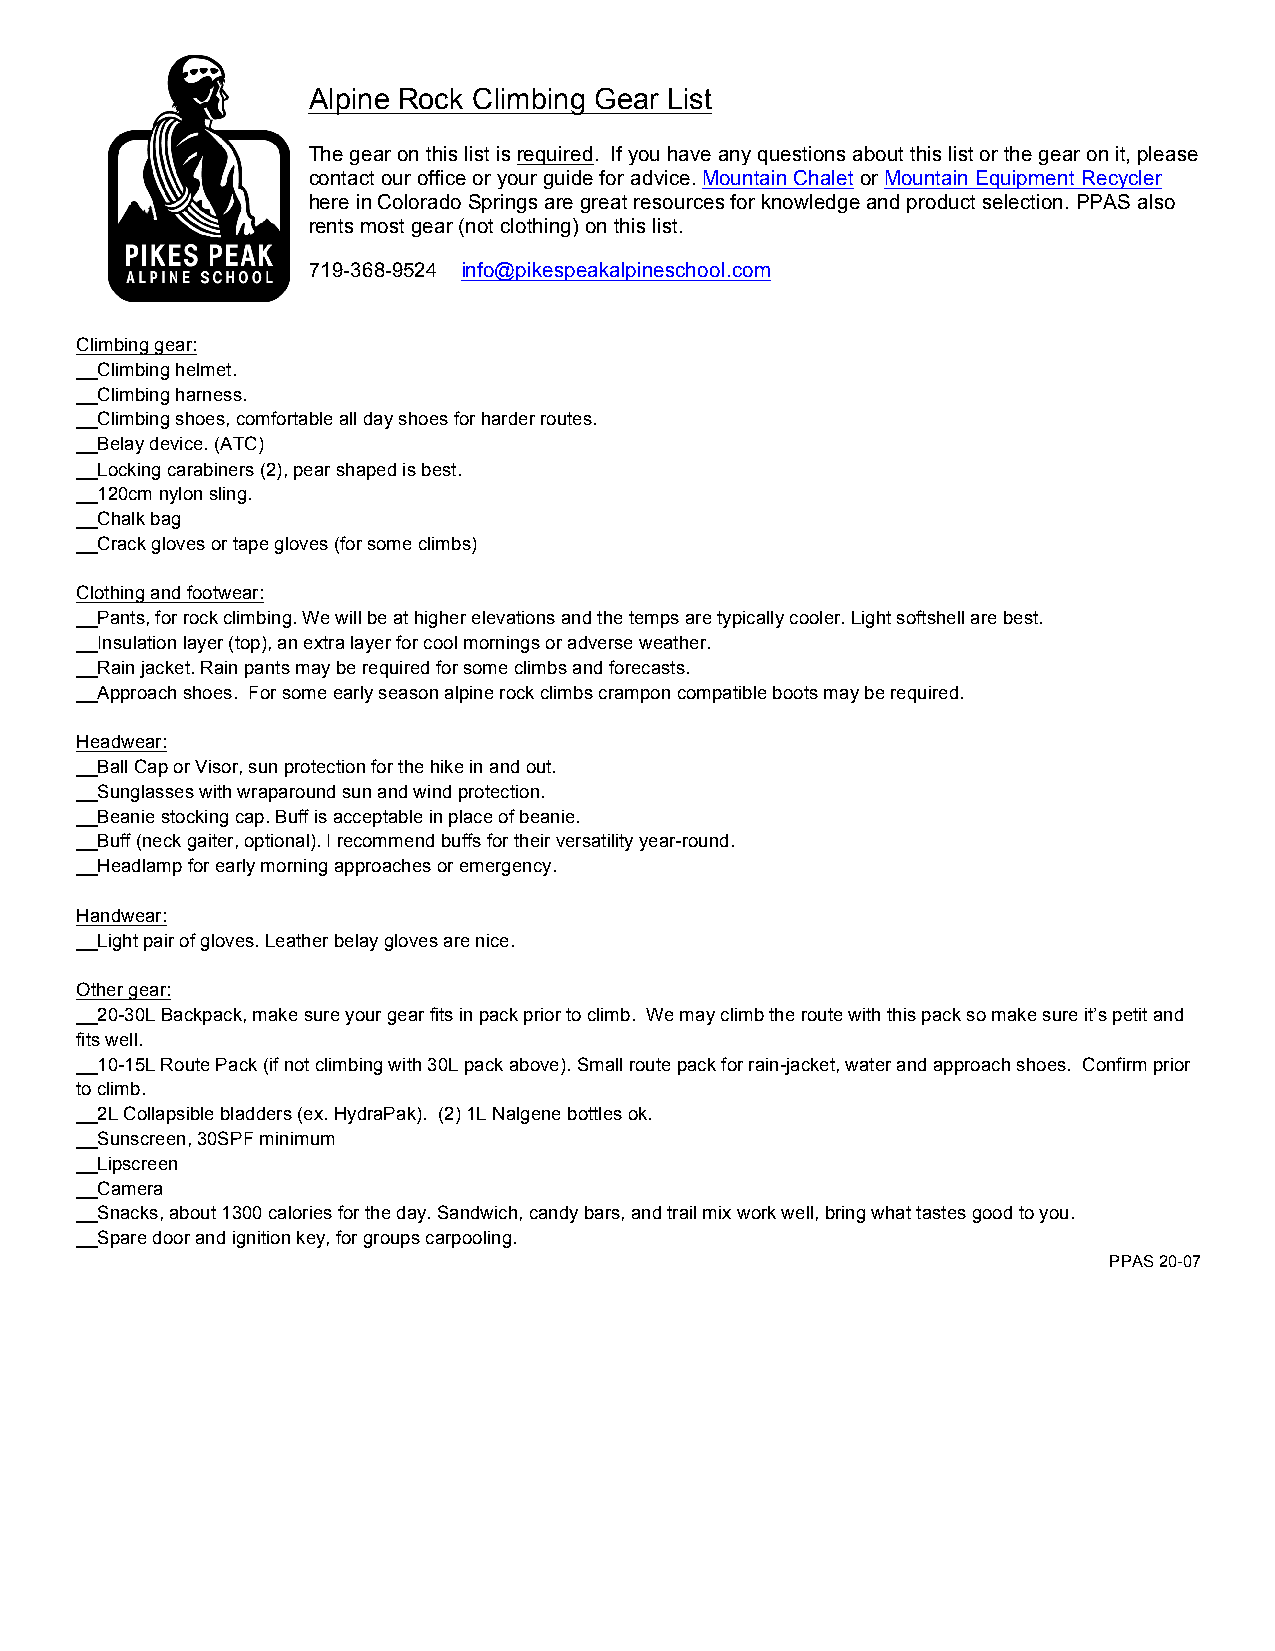
Alpine Rock Climbing Gear List
 The gear on this list is required. If you have any questions about this list or the gear on it, please
 contact our office or your guide for advice. Mountain Chalet or Mountain Equipment Recycler
 here in Colorado Springs are great resources for knowledge and product selection. PPAS also
 rents most gear (not clothing) on this list.
 719-368-9524 info@pikespeakalpineschool.com
 Climbing gear:
 __Climbing helmet.
 __Climbing harness.
 __Climbing shoes, comfortable all day shoes for harder routes.
 __Belay device. (ATC)
 __Locking carabiners (2), pear shaped is best.
 __120cm nylon sling.
 __Chalk bag
 __Crack gloves or tape gloves (for some climbs)
 Clothing and footwear:
 __Pants, for rock climbing. We will be at higher elevations and the temps are typically cooler. Light softshell are best.
 __Insulation layer (top), an extra layer for cool mornings or adverse weather.
 __Rain jacket. Rain pants may be required for some climbs and forecasts.
 __Approach shoes. For some early season alpine rock climbs crampon compatible boots may be required.
 Headwear:
 __Ball Cap or Visor, sun protection for the hike in and out.
 __Sunglasses with wraparound sun and wind protection.
 __Beanie stocking cap. Buff is acceptable in place of beanie.
 __Buff (neck gaiter, optional). I recommend buffs for their versatility year-round.
 __Headlamp for early morning approaches or emergency.
 Handwear:
 __Light pair of gloves. Leather belay gloves are nice.
 Other gear:
 __20-30L Backpack, make sure your gear fits in pack prior to climb. We may climb the route with this pack so make sure it’s petit and
 fits well.
 __10-15L Route Pack (if not climbing with 30L pack above). Small route pack for rain-jacket, water and approach shoes. Confirm prior
 to climb.
 __2L Collapsible bladders (ex. HydraPak). (2) 1L Nalgene bottles ok.
 __Sunscreen, 30SPF minimum
 __Lipscreen
 __Camera
 __Snacks, about 1300 calories for the day. Sandwich, candy bars, and trail mix work well, bring what tastes good to you.
 __Spare door and ignition key, for groups carpooling.
 PPAS 20-07